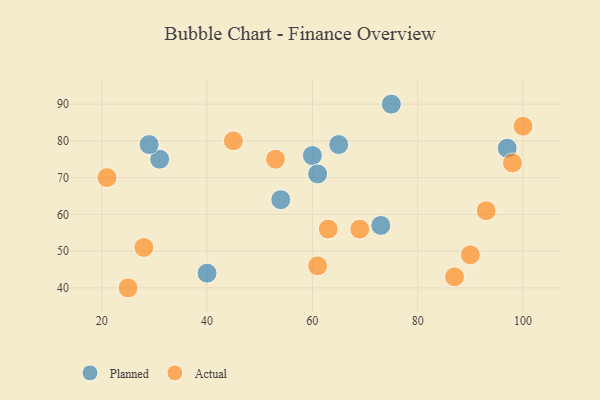
{"axis": {"x": "GDP", "y": "Life Expectancy"}, "legend": ["Actual", "Planned"], "data": [{"x": "40", "y": 44, "type": "Planned"}, {"x": "75", "y": 90, "type": "Planned"}, {"x": "60", "y": 76, "type": "Planned"}, {"x": "65", "y": 79, "type": "Planned"}, {"x": "54", "y": 64, "type": "Planned"}, {"x": "97", "y": 78, "type": "Planned"}, {"x": "31", "y": 75, "type": "Planned"}, {"x": "73", "y": 57, "type": "Planned"}, {"x": "29", "y": 79, "type": "Planned"}, {"x": "61", "y": 71, "type": "Planned"}, {"x": "63", "y": 56, "type": "Actual"}, {"x": "28", "y": 51, "type": "Actual"}, {"x": "100", "y": 84, "type": "Actual"}, {"x": "98", "y": 74, "type": "Actual"}, {"x": "61", "y": 46, "type": "Actual"}, {"x": "25", "y": 40, "type": "Actual"}, {"x": "69", "y": 56, "type": "Actual"}, {"x": "93", "y": 61, "type": "Actual"}, {"x": "21", "y": 70, "type": "Actual"}, {"x": "90", "y": 49, "type": "Actual"}, {"x": "45", "y": 80, "type": "Actual"}, {"x": "87", "y": 43, "type": "Actual"}, {"x": "53", "y": 75, "type": "Actual"}]}